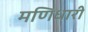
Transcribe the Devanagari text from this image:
मणिधारी